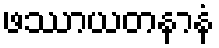
ဖဿာယတနာနံ